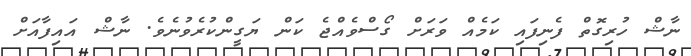
ނާޝް ހުރިގޮތް ފެނިފައި ކަމެއް ވަރަށް ގޯސްވެއްޖެ ކަން ޔަގީންކުރެވުނެވެ. ނާޝް އައިފާއަށް